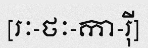
[រៈ-ថៈ-កា-រ៉ី]